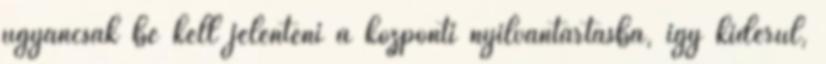
ugyancsak be kell jelenteni a központi nyilvántartásba, így kiderül,